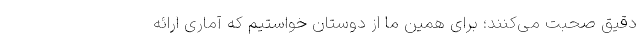
دقیق صحبت می‌کنند؛ برای همین ما از دوستان خواستیم که آماری ارائه